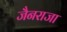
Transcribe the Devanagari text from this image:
जैनराजा